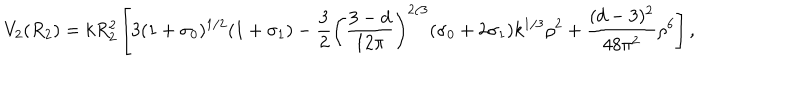
LaTeX: V _ { 2 } ( R _ { 2 } ) = k R _ { 2 } ^ { 2 } \left[ 3 ( 1 + \sigma _ { 0 } ) ^ { 1 / 2 } ( 1 + \sigma _ { 1 } ) - \frac { 3 } { 2 } \left( \frac { 3 - d } { 1 2 \pi } \right) ^ { 2 / 3 } ( \sigma _ { 0 } + 2 \sigma _ { 1 } ) k ^ { 1 / 3 } \rho ^ { 2 } + \frac { ( d - 3 ) ^ { 2 } } { 4 8 \pi ^ { 2 } } \rho ^ { 6 } \right] ,